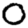
Digit: 0